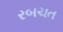
રબચત